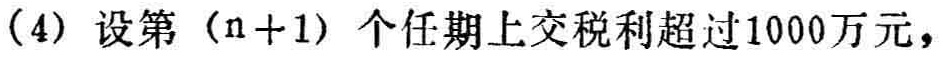
(4) 设第（\(n + 1\)）个任期上交税利超过1000万元，